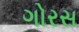
ગોરસ